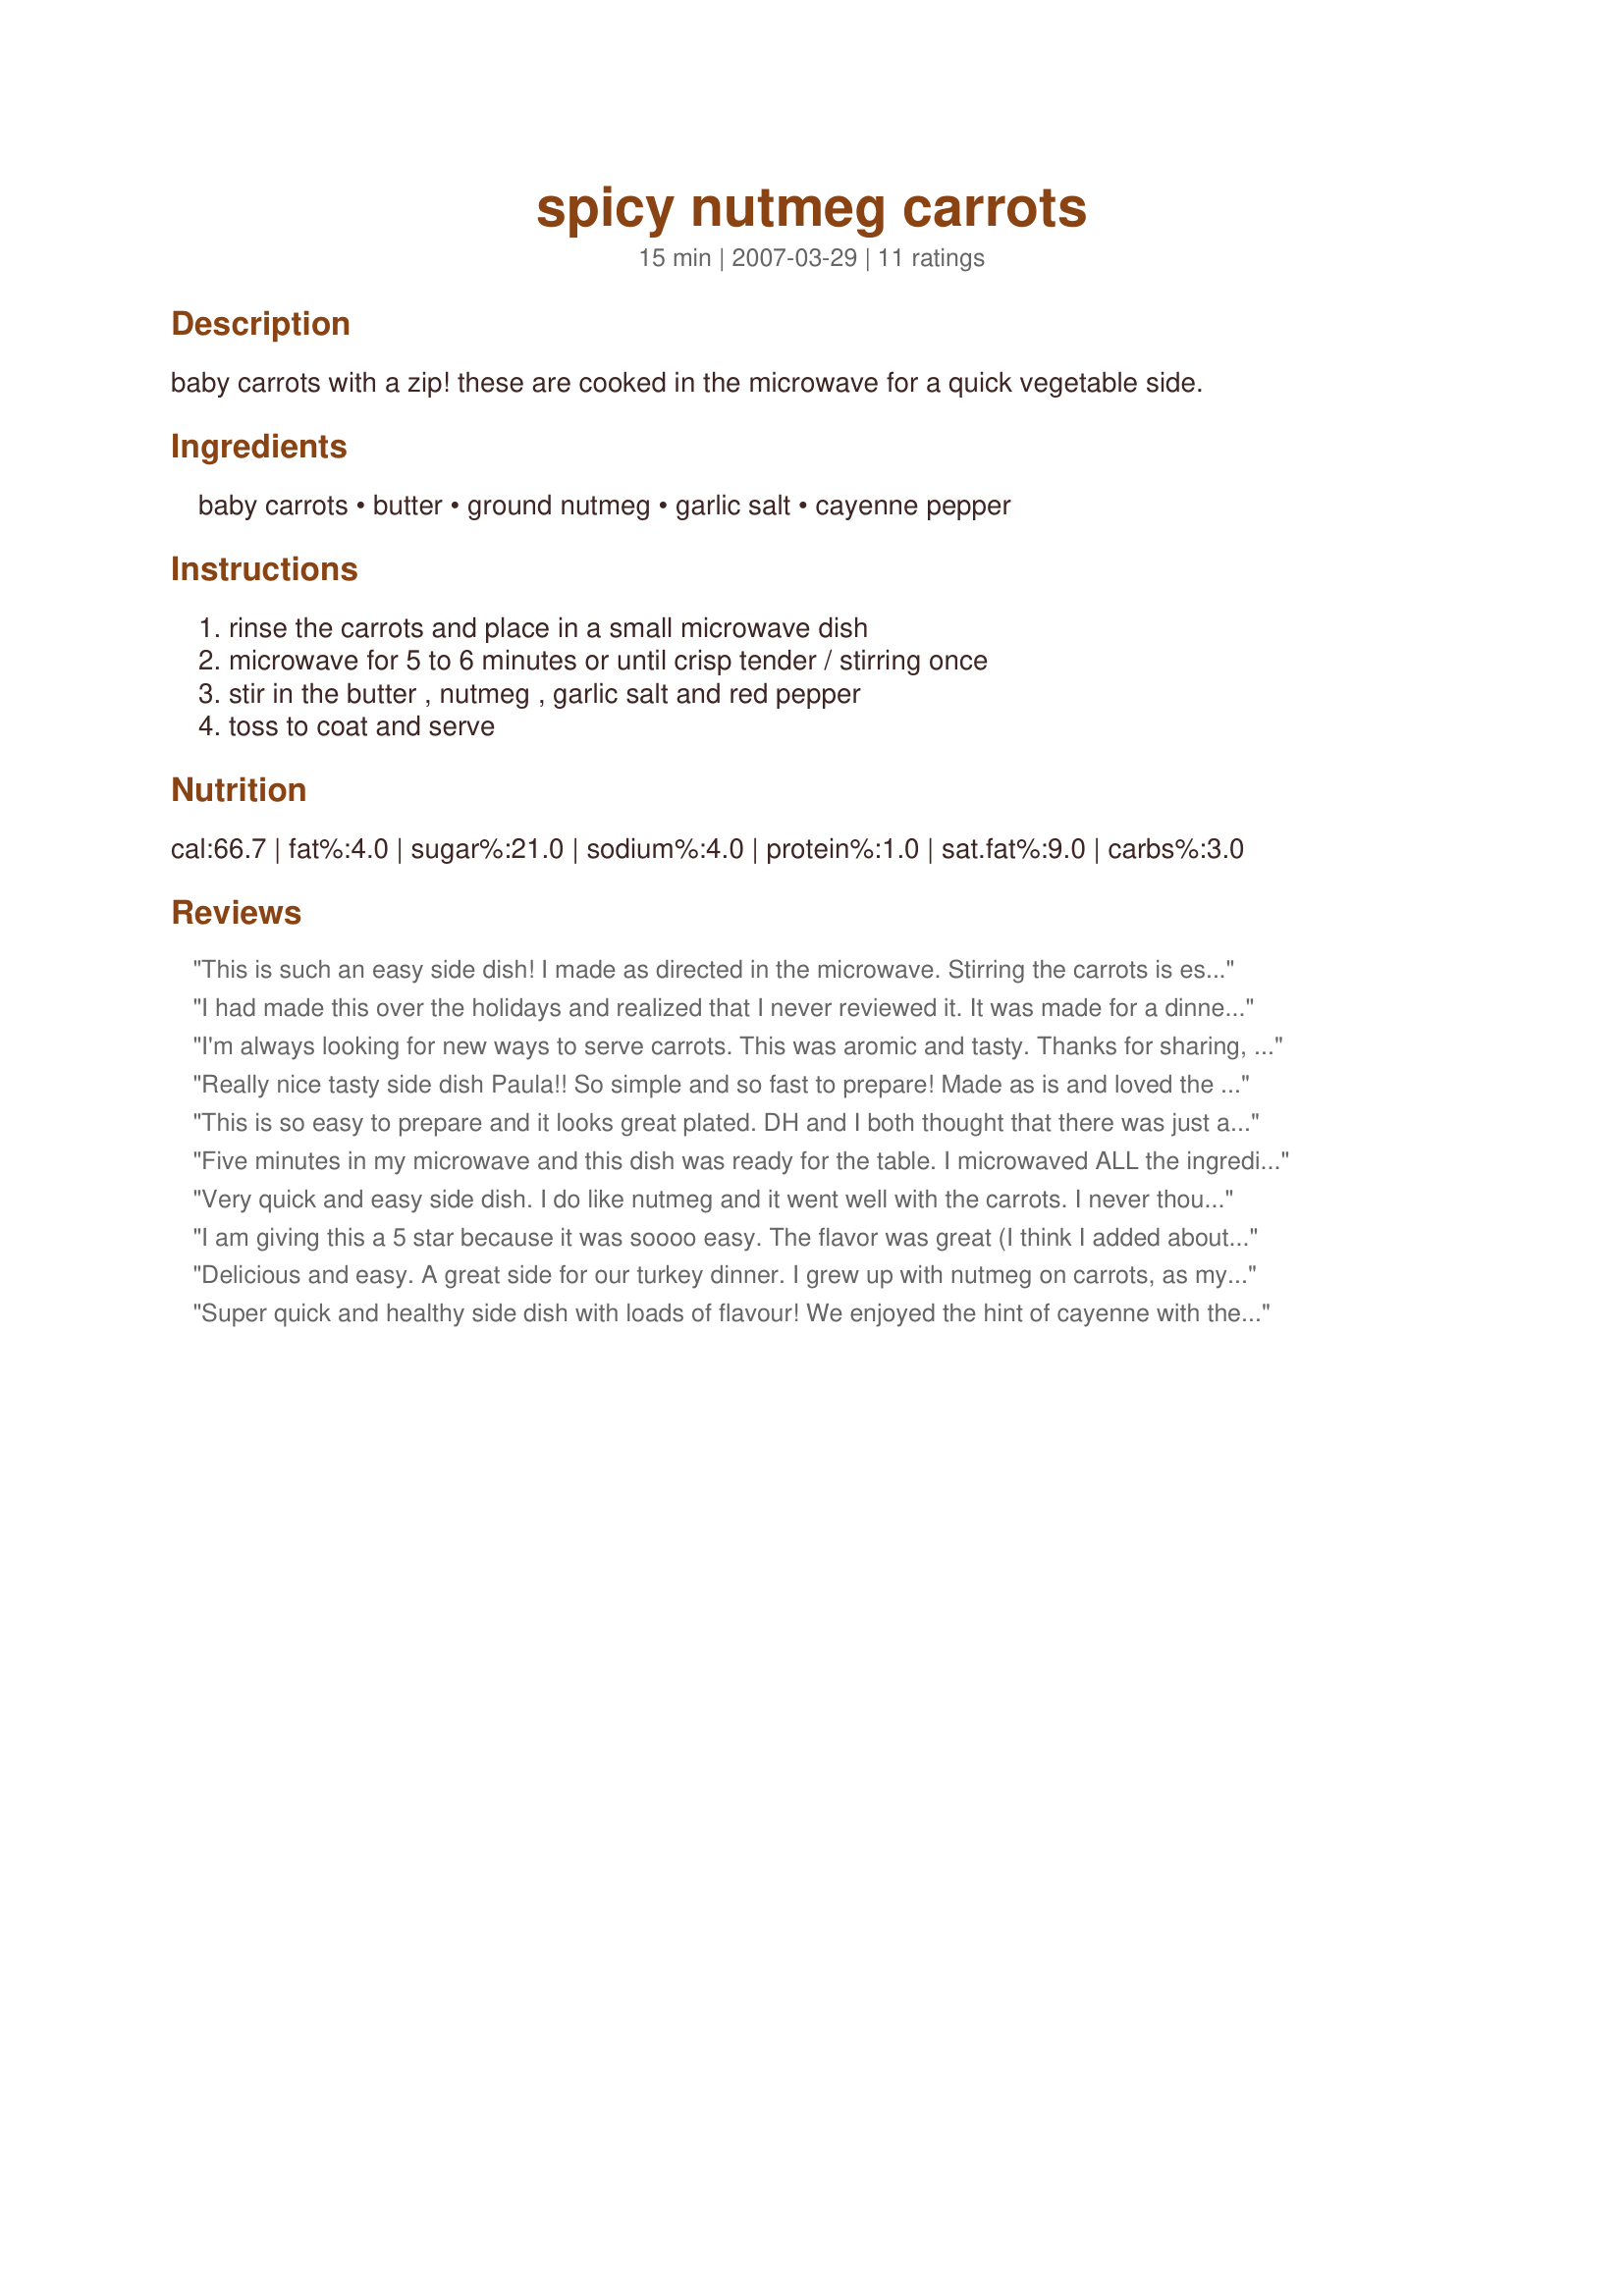
spicy nutmeg carrots
Preparation time: 15 minutes

baby carrots with a zip! these are cooked in the microwave for a quick vegetable side.

Ingredients:
baby carrots, butter, ground nutmeg, garlic salt, cayenne pepper

Steps:
rinse the carrots and place in a small microwave dish, microwave for 5 to 6 minutes or until crisp tender / stirring once, stir in the butter , nutmeg , garlic salt and red pepper, toss to coat and serve

Reviews:
This is such an easy side dish! I made as directed in the microwave. Stirring the carrots is essential for even cooking. I thought the seasoning was well done. I didn't find them spicy "hot" at all. It is more spicy "nicely seasoned". I will be making these again. Thank you Paula. Made for Diabetes Awareness Month Tag Game.
I had made this over the holidays and realized that I never reviewed it. It was made for a dinner party and all the guests raved over the flavor of the carrots. For such a simple and easy recipe, it really delivered on taste. Thanks for sharing!
I'm always looking for new ways to serve carrots. This was aromic and tasty. Thanks for sharing, it's a keeper.
Really nice tasty side dish Paula!! So simple and so fast to prepare! Made as is and loved the spices!! Thanks Paula!
This is so easy to prepare and it looks great plated. DH and I both thought that there was just a tad bit too much nutmeg for our taste buds. Next time I will cut that spice in half. Thanks for posting. Made for Diabetes Awareness Month tag game. :)
Five minutes in my microwave and this dish was ready for the table. I microwaved ALL the ingredients together. I will be making this one again. If there are children around I'll have a second batch made without the cayenne pepper for them. Made for Recipe Swap #62 Australian/New Zealand Cooking game
Very quick and easy side dish. I do like nutmeg and it went well with the carrots. I never thought of pairing it with carrots!!! I made this ahead of time and reheated in the microwave just before dinner. Thanks for posting this Paula.
I am giving this a 5 star because it was soooo easy. The flavor was great (I think I added about twice as much as the recipe states but the same ones...) and the texture of hte carrots was awesome. I never microwaved carrots because I thought they would be grossly textured but these were reallgreat! Thanks for the awesome recipe.
Delicious and easy. A great side for our turkey dinner. I grew up with nutmeg on carrots, as my grandmother always made them that way, but the addition of the garlic (I used powder instead of salt), and the cayenne really made these great.
Super quick and healthy side dish with loads of flavour! We enjoyed the hint of cayenne with the nutmeg. Yummy! Thanks Paula!
Now how much faster can one put together a nice, tasty side of veggies? This is great ~ ease of preparation, great tasting carrots & raves from those scarfing them down! Thank you, Paula!
